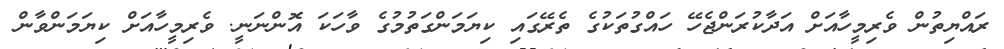
ރައްޔިތުން ވެރިމީހާއަށް އަދާކުރަންޖެހޭ ހައްގުތަކުގެ ތެރޭގައި ކިޔަމަންގަތުމުގެ ވާހަކަ އޮންނަނީ. ވެރިމީހާއަށް ކިޔަމަންވާން